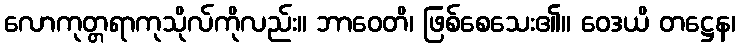
လောကုတ္တရာကုသိုလ်ကိုလည်း။ ဘာဝေတိ၊ ဖြစ်စေသေး၏။ ဝေဒယိ တဋ္ဌေန၊